Bréfritari: Stefanía Siggeirsdóttir
Viðtakandi: Páll Pálsson
Dagsetning: A-1864-10-22
Skrifað á: Hraungerði  Árn.
Stefanía var bróðurdóttir Páls Pálssonar

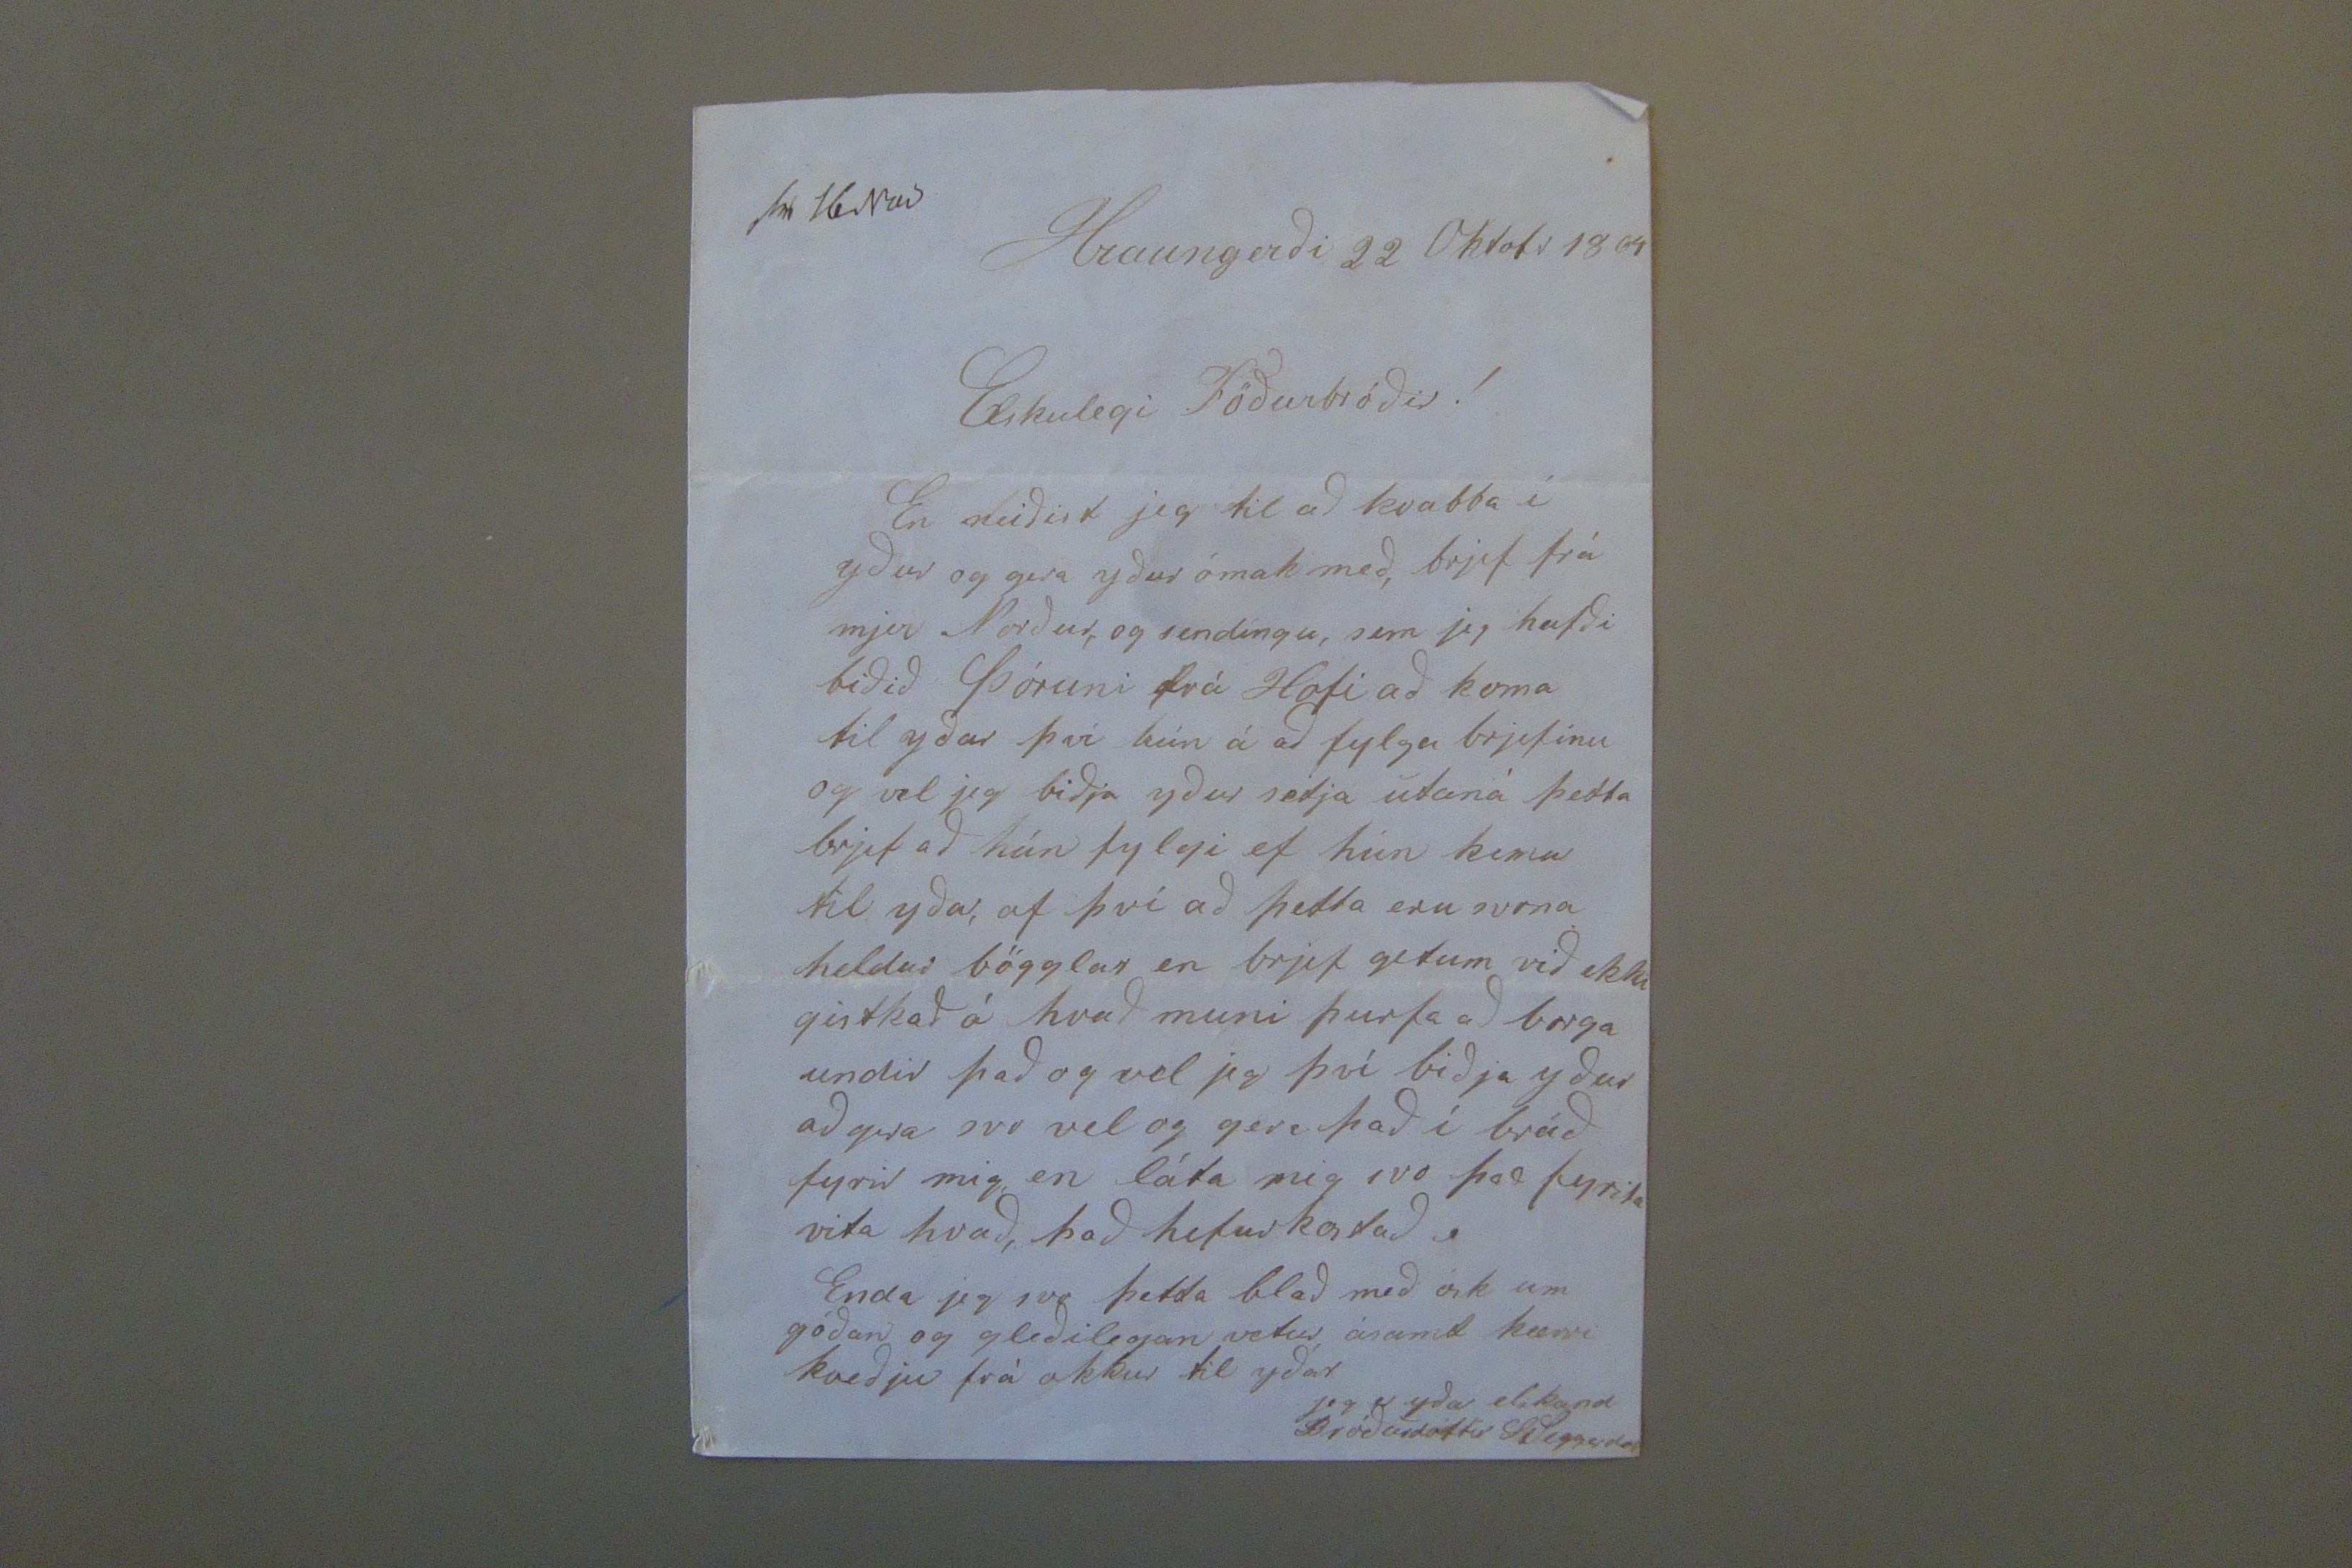

sv 16 Nov Hraungerði 22 Oktobr 1864
Elskulegi Föðurbróðir!
En neiðist jeg til að kvabba í yður og gera yður ómak með, brjef frá mjer Norður, og sendíngu, sem jeg hafði biðið Þóruni frá Hofi að koma til yðar því hún á að fylga brjefinu og vil jeg biðja yður setja utaná þetta brjef að hún fylgi ef hún kemur til yðar, af því að þetta eru svona heldur bögglar en brjef getum við ekki gistkað á hvað muni þurfa að borga undir það og vil jeg því biðja yður að gera svo vel og gera það í bráð fyrir mig, en láta mig svo
fyrir
vita hvað, það hefur kostað. Enda jeg svo þetta blað með ósk um góðan og gleðilegan vetur ásamt kærri kveðju frá okkur til yðar
jeg er yðar elskandi Bróðurdóttir St Siggerdot